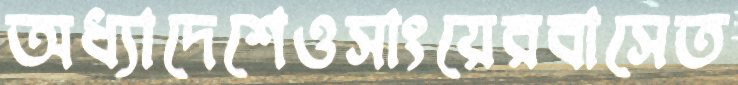
অধ্যাদেশেওসাংয়েরবাসেত